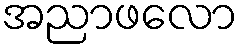
အညာဖလော